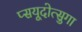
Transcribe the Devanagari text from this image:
प्सयूदोत्सुगा